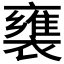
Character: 𲁅